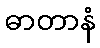
ဓာတာနံ